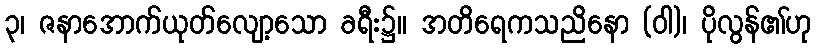
၃၊ ဇနာအောက်ယုတ်လျော့သော ခရီး၌။ အတိရေကသညိနော (ဝါ)၊ ပိုလွန်၏ဟု